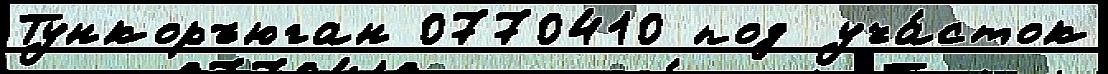
Тункоръюган 0770410 под уча́сток